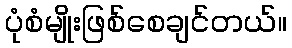
ပုံစံမျိုးဖြစ်စေချင်တယ်။